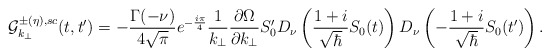
\begin{align*}{\cal{G}}_{k_\perp}^{\pm(\eta),sc} (t,t^\prime)=- { \Gamma(-\nu) \over 4\sqrt{\pi} } e^{- {i\pi \over4}} {1 \over k_\perp} {\partial \Omega \over \partial k_\perp} S_0^\prime D_\nu \left( {1+i\over \sqrt{\hbar}} S_0(t) \right) D_\nu \left(-{1+i\over \sqrt{\hbar}} S_0(t^\prime) \right).\end{align*}